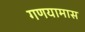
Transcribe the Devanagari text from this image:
गणयामास